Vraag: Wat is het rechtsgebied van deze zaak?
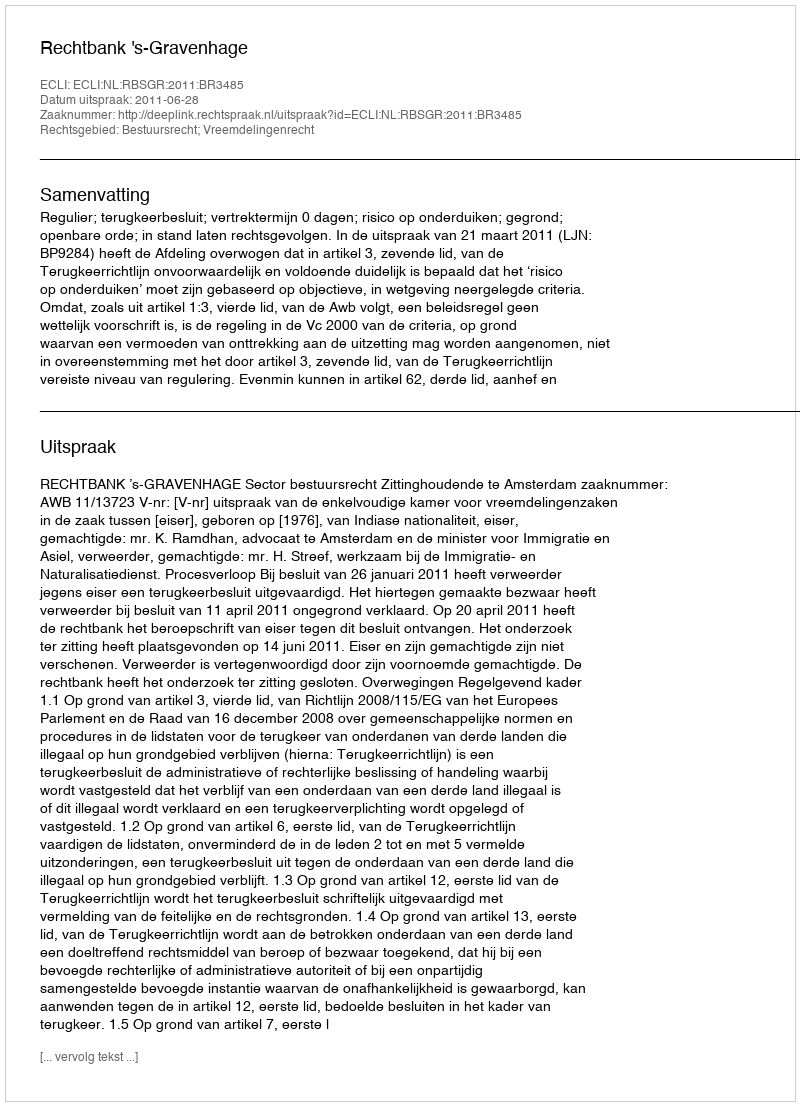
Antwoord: Bestuursrecht; Vreemdelingenrecht